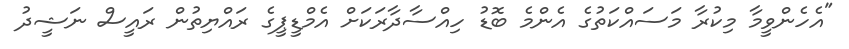
"އެހެންވީމާ މިކުރާ މަސައްކަތުގެ އެންމެ ބޮޑު ހިއްސާދާރަކަށް އެމްޑީޕީގެ ރައްޔިތުން ރައީސް ނަޝީދު